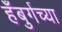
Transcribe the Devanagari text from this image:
हँबुर्गच्या